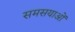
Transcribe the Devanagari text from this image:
समसयाओं